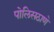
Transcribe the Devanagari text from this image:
पोलिसठाणे